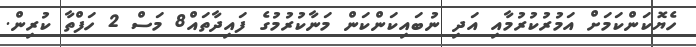
ހެޔޮކަންކަމަށް އަމުރުކުރުމާއި އަދި ނުބައިކަންކަން މަނާކުރުމުގެ ފައިދާތައް8 މަސް 2 ހަފްތާ ކުރިން.